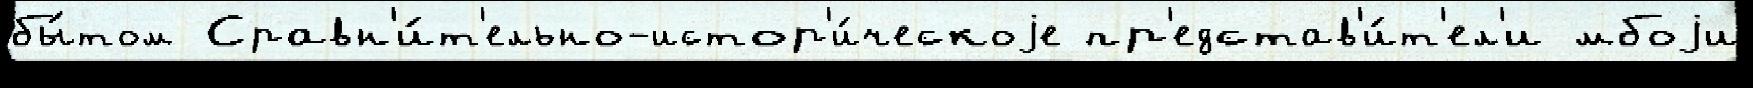
бы́том Сравн'и́т'ельно-истор'и́ческоjе пр'едстав'и́т'ел'и мбоjи